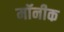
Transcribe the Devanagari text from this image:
मॉनीक